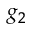
g _ { 2 }